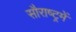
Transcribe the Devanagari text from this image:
सौराष्‍ट्रमें